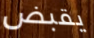
يقبض